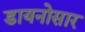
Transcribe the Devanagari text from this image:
डायनोसार